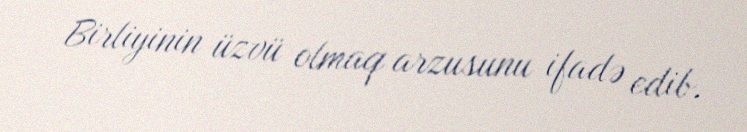
Birliyinin üzvü olmaq arzusunu ifadə edib.